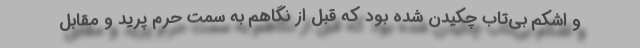
و اشکم بی‌تاب چکیدن شده بود که قبل از نگاهم به سمت حرم پرید و مقابل